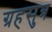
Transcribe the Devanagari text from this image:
ग्रहसुत्र